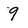
Character: 9